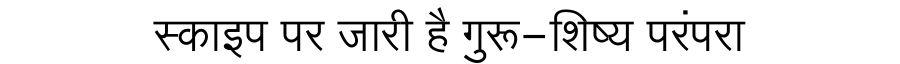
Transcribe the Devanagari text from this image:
स्काइप पर जारी है गुरू-शिष्य परंपरा